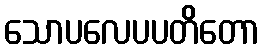
သောပလေပပတိတော